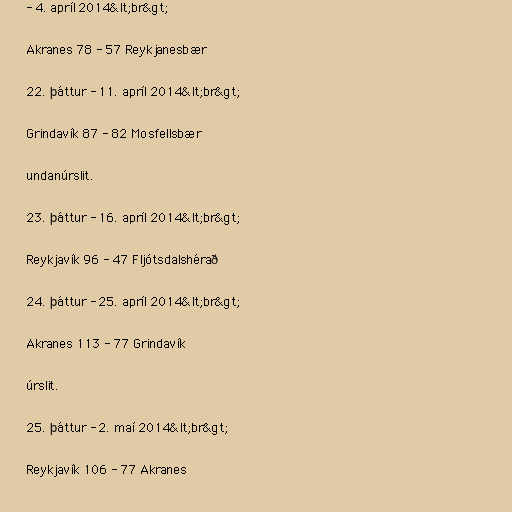
- 4. apríl 2014&lt;br&gt;

Akranes 78 - 57 Reykjanesbær

22. þáttur - 11. apríl 2014&lt;br&gt;

Grindavík 87 - 82 Mosfellsbær

undanúrslit.

23. þáttur - 16. apríl 2014&lt;br&gt;

Reykjavík 96 - 47 Fljótsdalshérað

24. þáttur - 25. apríl 2014&lt;br&gt;

Akranes 113 - 77 Grindavík

úrslit.

25. þáttur - 2. maí 2014&lt;br&gt;

Reykjavík 106 - 77 Akranes